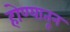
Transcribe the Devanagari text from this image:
होण्यातून